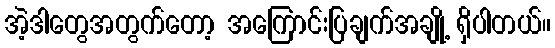
အဲ့ဒါတွေအတွက်တော့ အကြောင်းပြချက်အချို့ ရှိပါတယ်။